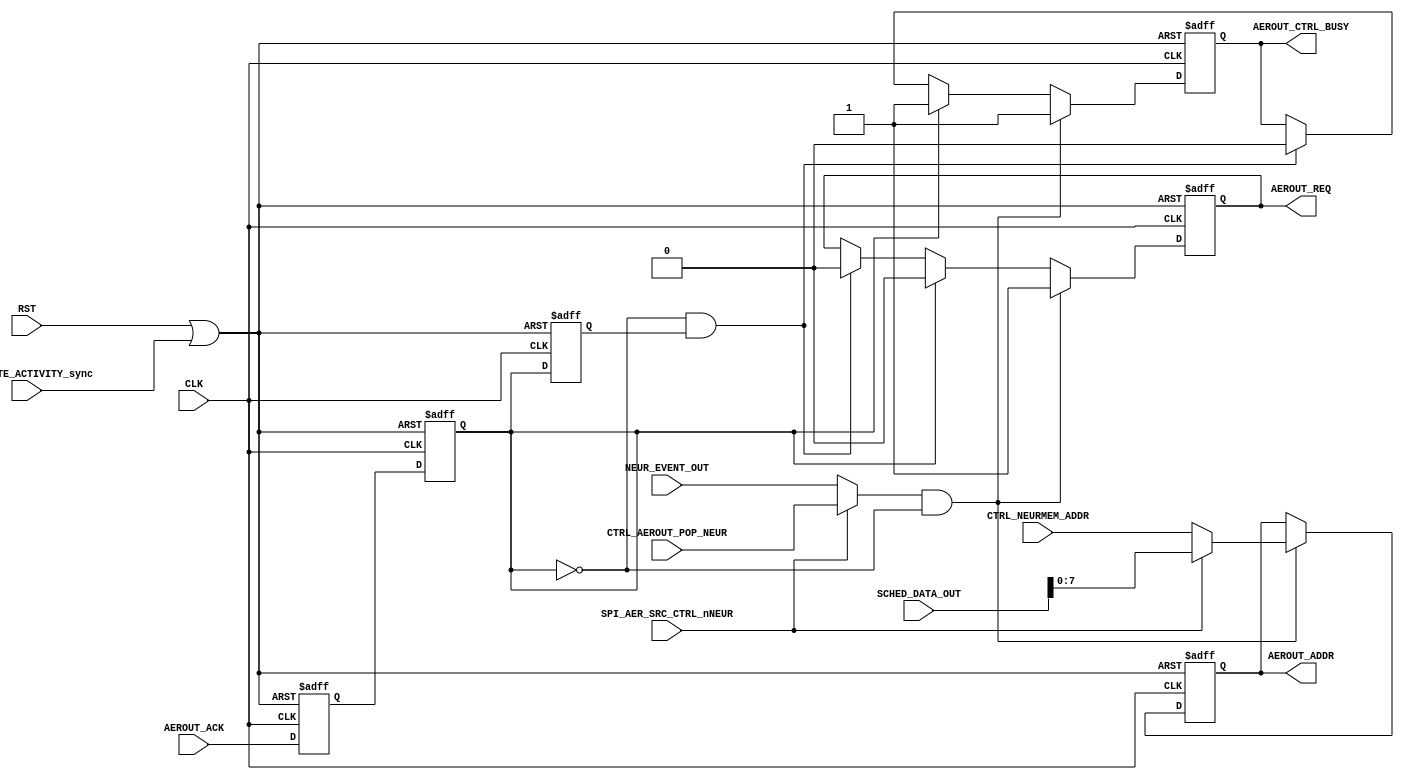
// Copyright (C) 2019-2022, Universit catholique de Louvain (UCLouvain, Belgium), University of Zrich (UZH, Switzerland),
//         Katholieke Universiteit Leuven (KU Leuven, Belgium), and Delft University of Technology (TU Delft, Netherlands).
// SPDX-License-Identifier: Apache-2.0 WITH SHL-2.1
//
// Licensed under the Solderpad Hardware License v 2.1 (the License); you may not use this file except in compliance
// with the License, or, at your option, the Apache License version 2.0. You may obtain a copy of the License at
// https://solderpad.org/licenses/SHL-2.1/
//
// Unless required by applicable law or agreed to in writing, any work distributed under the License is distributed on
// an AS IS BASIS, WITHOUT WARRANTIES OR CONDITIONS OF ANY KIND, either express or implied. See the License for the
// specific language governing permissions and limitations under the License.
//
//------------------------------------------------------------------------------
//
// "aer_out.v" - Output AER module, custom monitoring mode from ODIN was removed
// 
// Project: tinyODIN - A low-cost digital spiking neuromorphic processor adapted from ODIN.
//
//
// Cite/paper: C. Frenkel, M. Lefebvre, J.-D. Legat and D. Bol, "A 0.086-mm 12.7-pJ/SOP 64k-Synapse 256-Neuron Online-Learning
//             Digital Spiking Neuromorphic Processor in 28-nm CMOS," IEEE Transactions on Biomedical Circuits and Systems,
//             vol. 13, no. 1, pp. 145-158, 2019.
//
//------------------------------------------------------------------------------


module aer_out #(
	parameter N = 256,
	parameter M = 8
)(

    // Global input ----------------------------------- 
    input  wire           CLK,
    input  wire           RST,
    
    // Inputs from SPI configuration latches ----------
    input  wire           SPI_GATE_ACTIVITY_sync,
    input  wire           SPI_AER_SRC_CTRL_nNEUR,
    
    // Neuron data inputs -----------------------------
    input  wire           NEUR_EVENT_OUT,
    input  wire [  M-1:0] CTRL_NEURMEM_ADDR,
    
    // Input from scheduler ---------------------------
    input  wire [   11:0] SCHED_DATA_OUT,
  
    // Input from controller --------------------------
    input  wire           CTRL_AEROUT_POP_NEUR,
    
    // Output to controller ---------------------------
    output reg            AEROUT_CTRL_BUSY,
    
	// Output 8-bit AER link --------------------------
	output reg  [  M-1:0] AEROUT_ADDR, 
	output reg  	      AEROUT_REQ,
	input  wire 	      AEROUT_ACK
);


   reg            AEROUT_ACK_sync_int, AEROUT_ACK_sync, AEROUT_ACK_sync_del; 
   wire           AEROUT_ACK_sync_negedge;
   wire           rst_activity;
   
   
   assign rst_activity = RST || SPI_GATE_ACTIVITY_sync;
   
   // Sync barrier
   always @(posedge CLK, posedge rst_activity) begin
		if (rst_activity) begin
			AEROUT_ACK_sync_int <= 1'b0;
			AEROUT_ACK_sync	    <= 1'b0;
			AEROUT_ACK_sync_del <= 1'b0;
		end
		else begin
			AEROUT_ACK_sync_int <= AEROUT_ACK;
			AEROUT_ACK_sync	    <= AEROUT_ACK_sync_int;
			AEROUT_ACK_sync_del <= AEROUT_ACK_sync;
		end
	end
    assign AEROUT_ACK_sync_negedge = ~AEROUT_ACK_sync & AEROUT_ACK_sync_del;
    
    
    // Output AER interface
    always @(posedge CLK, posedge rst_activity) begin
		if (rst_activity) begin
			AEROUT_ADDR             <= 8'b0;
			AEROUT_REQ              <= 1'b0;
            AEROUT_CTRL_BUSY        <= 1'b0;
		end else begin
            if ((SPI_AER_SRC_CTRL_nNEUR ? CTRL_AEROUT_POP_NEUR : NEUR_EVENT_OUT) && ~AEROUT_ACK_sync) begin
                AEROUT_ADDR      <= SPI_AER_SRC_CTRL_nNEUR ? SCHED_DATA_OUT[M-1:0] : CTRL_NEURMEM_ADDR;
                AEROUT_REQ       <= 1'b1;
                AEROUT_CTRL_BUSY <= 1'b1;
            end else if (AEROUT_ACK_sync) begin
                AEROUT_REQ       <= 1'b0;
                AEROUT_CTRL_BUSY <= 1'b1;
            end else if (AEROUT_ACK_sync_negedge) begin
                AEROUT_REQ       <= 1'b0;
                AEROUT_CTRL_BUSY <= 1'b0;
            end
        end
	end


endmodule